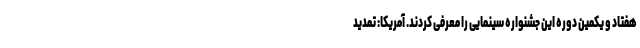
هفتاد و یکمین دوره این جشنواره سینمایی را معرفی کردند. آمریکا: تمدید